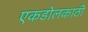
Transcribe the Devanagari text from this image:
एकडोलकाठी